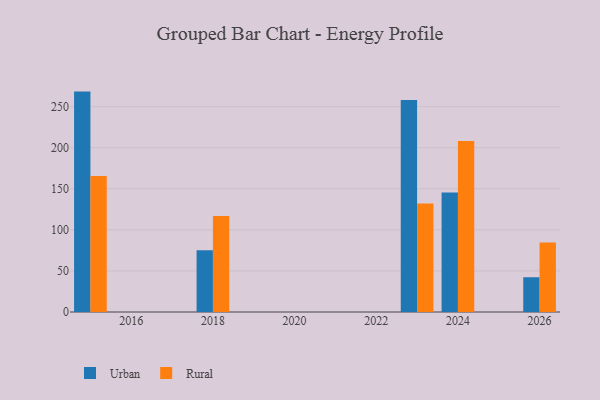
{"axis": {"x": "Year", "y": "Energy Usage (MWh)"}, "legend": ["Rural", "Urban"], "data": [{"x": "2026", "y": 42.3, "type": "Urban"}, {"x": "2026", "y": 84.7, "type": "Rural"}, {"x": "2024", "y": 145.5, "type": "Urban"}, {"x": "2024", "y": 208.3, "type": "Rural"}, {"x": "2015", "y": 268.3, "type": "Urban"}, {"x": "2015", "y": 165.7, "type": "Rural"}, {"x": "2018", "y": 75.3, "type": "Urban"}, {"x": "2018", "y": 117.0, "type": "Rural"}, {"x": "2023", "y": 258.1, "type": "Urban"}, {"x": "2023", "y": 132.2, "type": "Rural"}]}